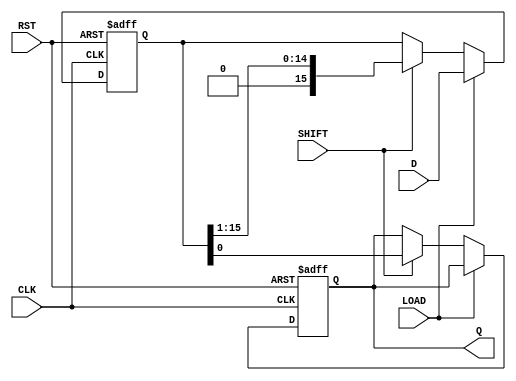
module PISO_Register (
    input wire [15:0] D,     // 16-bit parallel data input
    input wire LOAD,         // Load control signal
    input wire SHIFT,        // Shift control signal
    input wire CLK,          // Clock signal
    input wire RST,          // Asynchronous reset signal
    output reg Q             // Serial output
);

    reg [15:0] shift_reg;    // 16-bit shift register

    // Asynchronous reset and data loading
    always @(posedge CLK or posedge RST) begin
        if (RST) begin
            shift_reg <= 16'b0; // Clear the shift register
            Q <= 1'b0;          // Clear serial output
        end else begin
            if (LOAD) begin
                shift_reg <= D; // Load parallel data into the shift register
            end else if (SHIFT) begin
                Q <= shift_reg[0]; // Output the LSB to Q
                shift_reg <= shift_reg >> 1; // Shift right the register
            end
        end
    end

endmodule